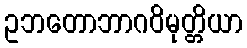
ဥဘတောဘာဂဝိမုတ္တိယာ